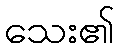
သေး၏